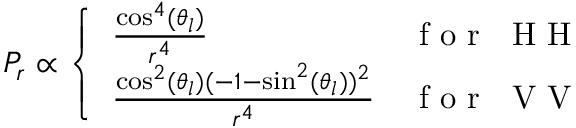
P _ { r } \propto \left\{ \begin{array} { l l } { \frac { \cos ^ { 4 } ( \theta _ { l } ) } { r ^ { 4 } } } & { \mathrm { ~ f ~ o ~ r ~ ~ ~ H ~ H ~ } } \\ { \frac { \cos ^ { 2 } ( \theta _ { l } ) ( - 1 - \sin ^ { 2 } ( \theta _ { l } ) ) ^ { 2 } } { r ^ { 4 } } } & { \mathrm { ~ f ~ o ~ r ~ ~ ~ V ~ V ~ } } \end{array} \right.